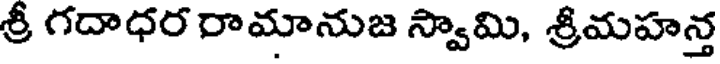
శ్రీ గదాధర రామానుజ స్వామి, శ్రీమహన్త